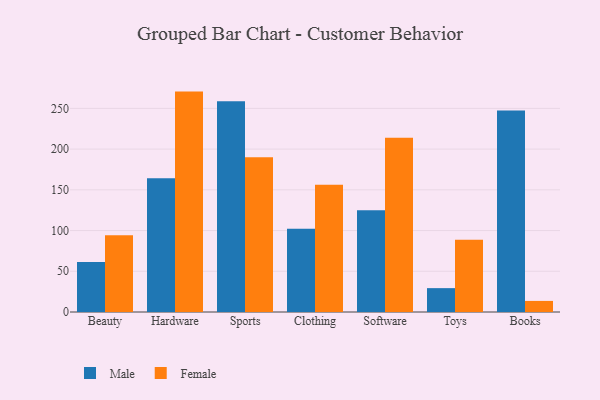
{"axis": {"x": "Category", "y": "Gross Profit (USD K)"}, "legend": ["Female", "Male"], "data": [{"x": "Beauty", "y": 61.5, "type": "Male"}, {"x": "Beauty", "y": 94.2, "type": "Female"}, {"x": "Hardware", "y": 164.2, "type": "Male"}, {"x": "Hardware", "y": 270.6, "type": "Female"}, {"x": "Sports", "y": 258.9, "type": "Male"}, {"x": "Sports", "y": 190.1, "type": "Female"}, {"x": "Clothing", "y": 102.1, "type": "Male"}, {"x": "Clothing", "y": 156.3, "type": "Female"}, {"x": "Software", "y": 125.0, "type": "Male"}, {"x": "Software", "y": 214.0, "type": "Female"}, {"x": "Toys", "y": 29.3, "type": "Male"}, {"x": "Toys", "y": 88.7, "type": "Female"}, {"x": "Books", "y": 247.5, "type": "Male"}, {"x": "Books", "y": 13.6, "type": "Female"}]}